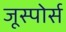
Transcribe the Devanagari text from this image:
जूस्पोर्स